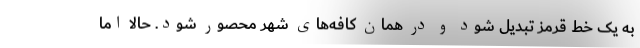
به یک خط قرمز تبدیل شود و در همان کافه‌های شهر محصور شود. حالا اما